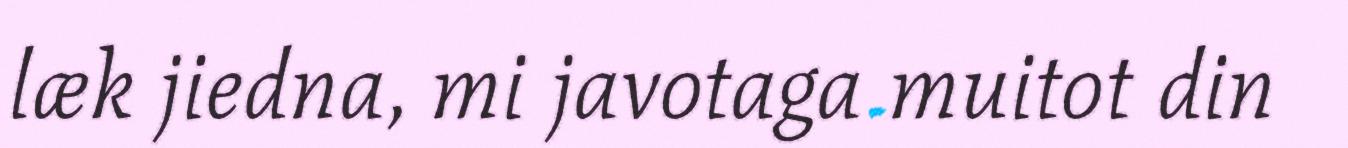
læk jiedna, mi javotaga muitot din